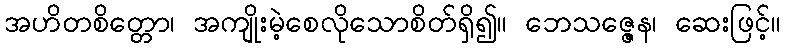
အဟိတစိတ္တော၊ အကျိုးမဲ့စေလိုသောစိတ်ရှိ၍။ ဘေသဇ္ဇေန၊ ဆေးဖြင့်။